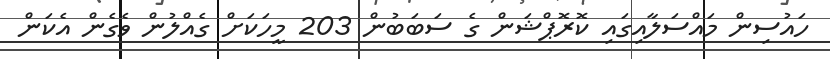
ހައުސިން މައްސަލާއިގައި ކޮރޮޕްޝަން ގެ ސަބަބުން 203 މީހަކަށް ގެއްލުން ވެގެން އެކަން